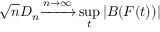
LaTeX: { \sqrt { n } } D _ { n } { \xrightarrow { n \to \infty } } \operatorname* { s u p } _ { t } | B ( F ( t ) ) |